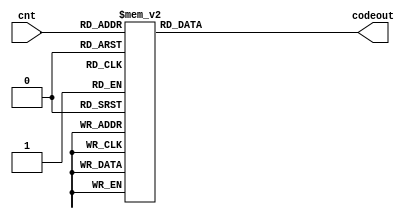
module ly_2257_6_2(cnt,codeout);
input [3:0]cnt;
output reg[6:0]codeout;


always@(cnt)
	begin
		case(cnt)
		4'd0:codeout <= 7'b1111110;
		4'd1:codeout <= 7'b0110000;
		4'd2:codeout <= 7'b1101101;
		4'd3:codeout <= 7'b1111001;
		4'd4:codeout <= 7'b0110011;
		4'd5:codeout <= 7'b1011011;
		4'd6:codeout <= 7'b1011111;
		4'd7:codeout <= 7'b1110000;
		4'd8:codeout <= 7'b1111111;
		4'd9:codeout <= 7'b1111011;
		default: codeout <= 7'bx;
		endcase
	end
	
endmodule